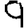
Digit: 9